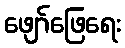
ဖျော်ဖြေရေး